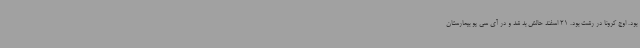
بود. اوج کرونا در رشت بود. 21 اسفند حالش بد شد و در آی سی یو بیمارستان